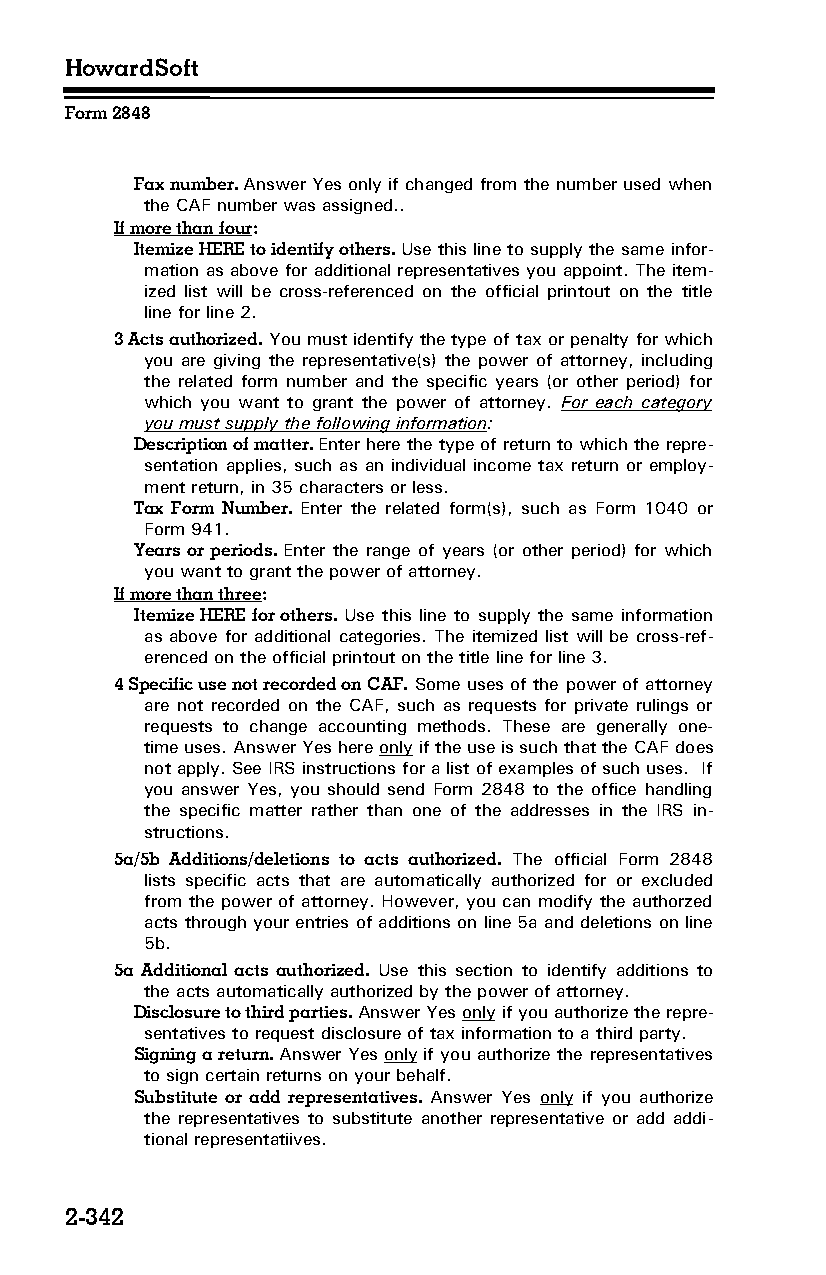
HowardSoft
 Form 2848
 Fax number. Answer Yes only if changed from the number used when
 the CAF number was assigned..
 If more than four:
 Itemize HERE to identify others. Use this line to supply the same infor­
 mation as above for additional representatives you appoint. The item­
 ized list will be cross-referenced on the official printout on the title
 line for line 2.
 3 Acts authorized. You must identify the type of tax or penalty for which
 you are giving the representative(s) the power of attorney, including
 the related form number and the specific years (or other period) for
 which you want to grant the power of attorney. For each category
 you must supply the following information:
 Description of matter. Enter here the type of return to which the repre­
 sentation applies, such as an individual income tax return or employ­
 ment return, in 35 characters or less.
 Tax Form Number. Enter the related form(s), such as Form 1040 or
 Form 941.
 Years or periods. Enter the range of years (or other period) for which
 you want to grant the power of attorney.
 If more than three:
 Itemize HERE for others. Use this line to supply the same information
 as above for additional categories. The itemized list will be cross-ref­
 erenced on the official printout on the title line for line 3.
 4 Specific use not recorded on CAF. Some uses of the power of attorney
 are not recorded on the CAF, such as requests for private rulings or
 requests to change accounting methods. These are generally one-
 time uses. Answer Yes here only if the use is such that the CAF does
 not apply. See IRS instructions for a list of examples of such uses. If
 you answer Yes, you should send Form 2848 to the office handling
 the specific matter rather than one of the addresses in the IRS in­
 structions.
 5a/5b Additions/deletions to acts authorized. The official Form 2848
 lists specific acts that are automatically authorized for or excluded
 from the power of attorney. However, you can modify the authorzed
 acts through your entries of additions on line 5a and deletions on line
 5b.
 5a Additional acts authorized. Use this section to identify additions to
 the acts automatically authorized by the power of attorney.
 Disclosure to third parties. Answer Yes only if you authorize the repre­
 sentatives to request disclosure of tax information to a third party.
 Signing a return. Answer Yes only if you authorize the representatives
 to sign certain returns on your behalf.
 Substitute or add representatives. Answer Yes only if you authorize
 the representatives to substitute another representative or add addi­
 tional representatiives.
 2-342